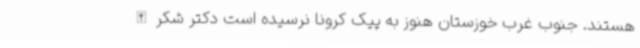
هستند. جنوب غرب خوزستان هنوز به پیک کرونا نرسیده است دکتر شکرالله